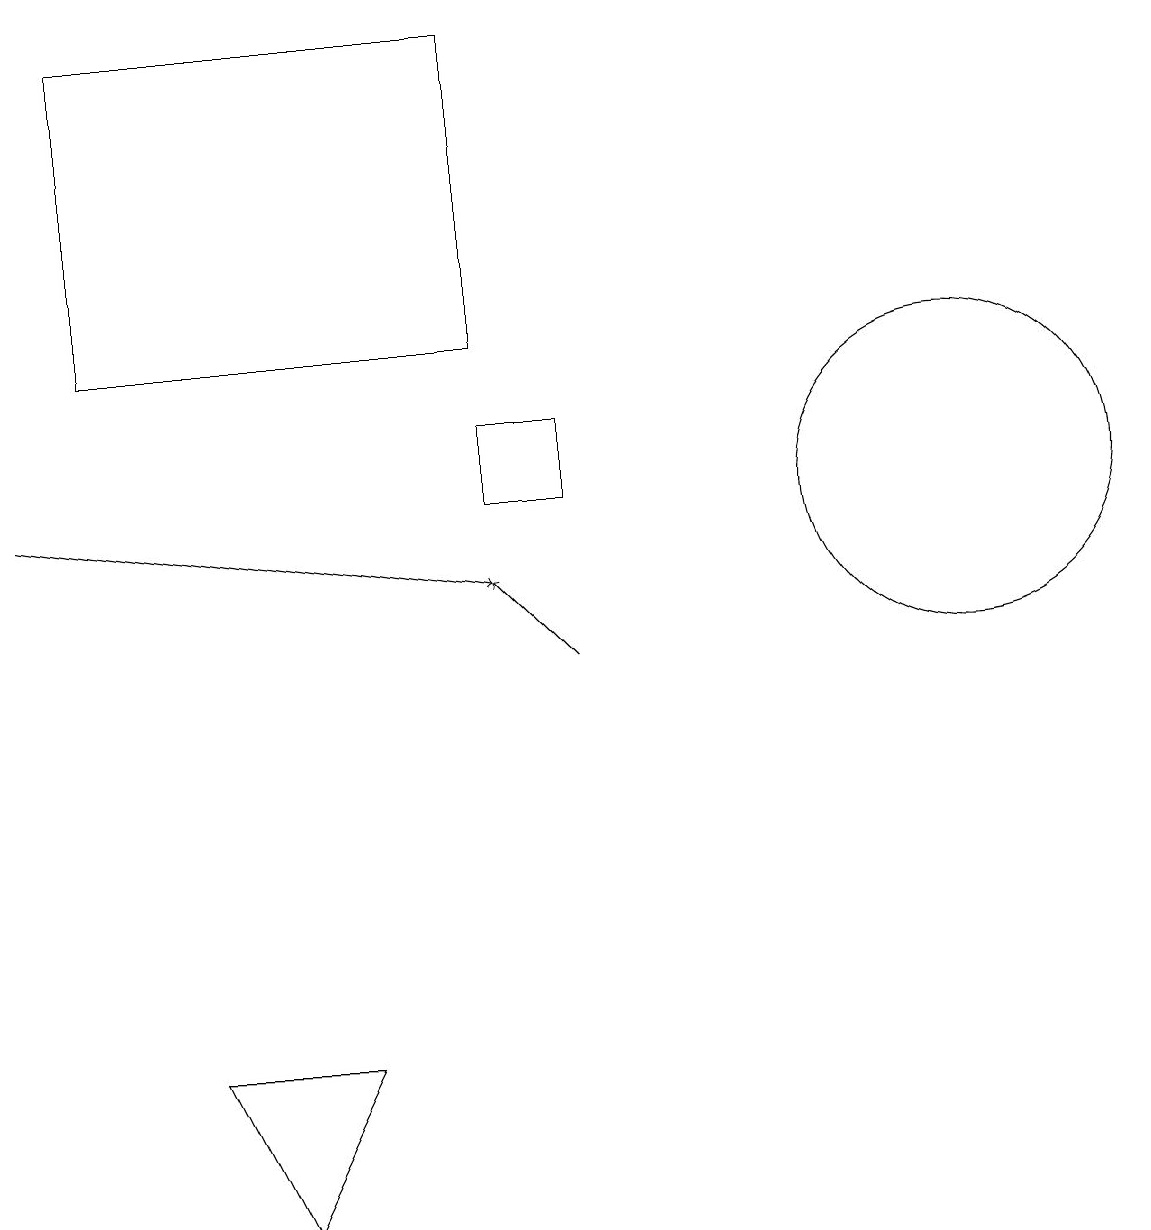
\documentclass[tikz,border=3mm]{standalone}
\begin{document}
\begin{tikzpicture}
\draw[->] (7,10) -- (6,11);
\draw (12,12) circle (2);
\draw[->] (0,12) -- (6,11);
\draw[->] (0,16) -- (0,15);
\draw (7,13) rectangle (6,12);
\draw (1,18) rectangle (6,14);
\draw (2,5) -- (3,3) -- (4,5) -- cycle;
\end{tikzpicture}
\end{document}